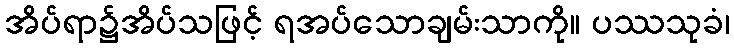
အိပ်ရာ၌အိပ်သဖြင့် ရအပ်သောချမ်းသာကို။ ပဿသုခံ၊